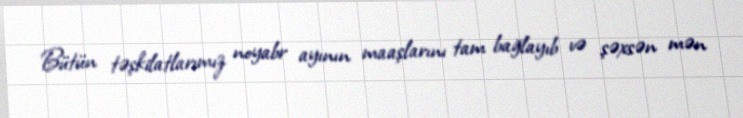
Bütün təşkilatlarımız noyabr ayının maaşlarını tam bağlayıb və şəxsən mən